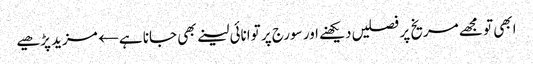
ابھی تو مجھے مریخ پر فصلیں دیکھنے اور سورج پر توانائی لینے بھی جانا ہے← مزید پڑھیے